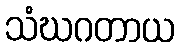
သံဃဂတာယ